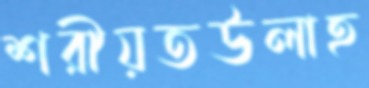
শরীয়তউলাহ